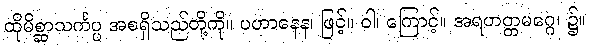
ထိုမိစ္ဆာသင်္ကပ္ပ အစရှိသည်တို့ကို။ ပဟာနေန၊ ဖြင့်။ ဝါ၊ ကြောင့်။ အရဟတ္တမဂ္ဂေ၊ ၌။